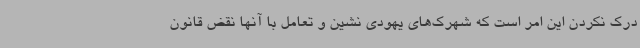
درک نکردن این امر است که شهرک‌های یهودی نشین و تعامل با آنها نقض قانون